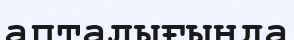
апталығында